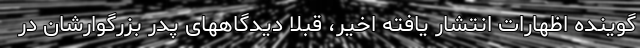
گوینده اظهارات انتشار یافته اخیر، قبلا دیدگاههای پدر بزرگوارشان در